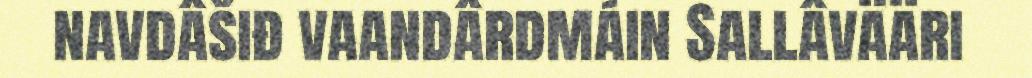
navdâšiđ vaandârdmáin Sallâvääri